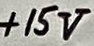
Text: +15V